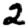
Digit: 2